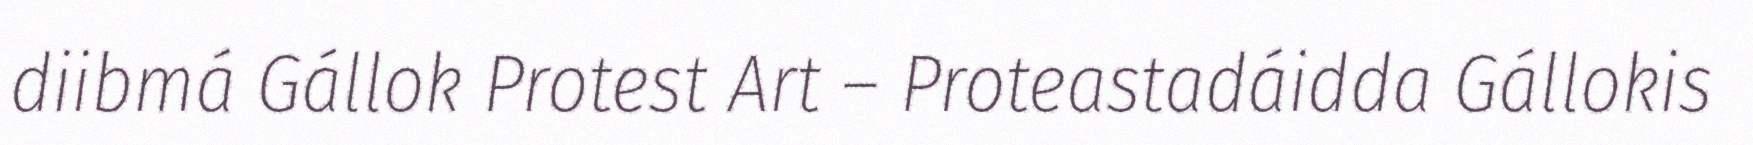
diibmá Gállok Protest Art – Proteastadáidda Gállokis